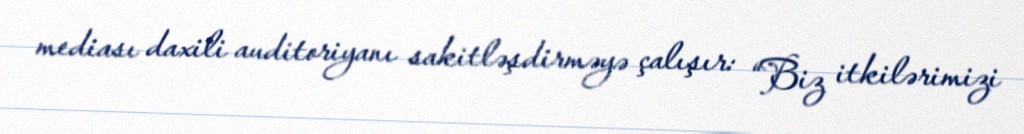
mediası daxili auditoriyanı sakitləşdirməyə çalışır: “Biz itkilərimizi